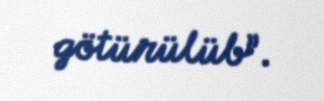
götürülüb”.